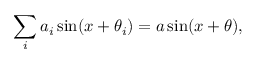
\sum _ { i } a _ { i } \sin ( x + \theta _ { i } ) = a \sin ( x + \theta ) ,